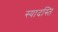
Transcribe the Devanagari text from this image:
स्यादस्ति